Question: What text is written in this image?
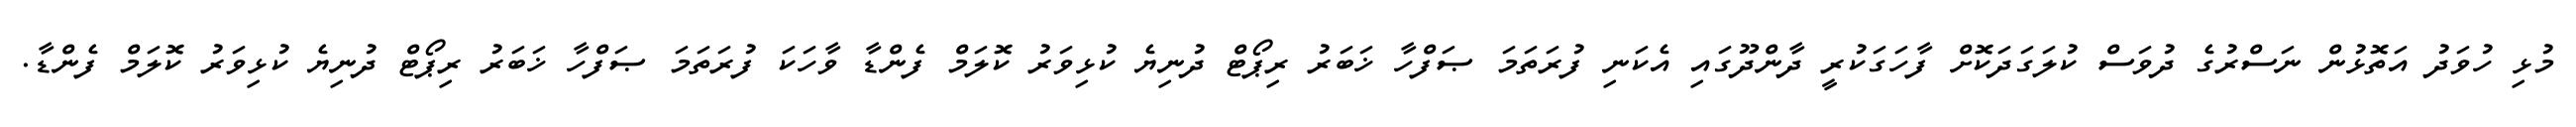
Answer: މުޅި ހުވަދު އަތޮޅުން ނަސްރުގެ ދުވަސް ކުލަގަދަކޮށް ފާހަގަކުރީ ދާންދޫގައި އެކަނި ފުރަތަމަ ޞަފްހާ ޚަބަރު ރިޕޯޓް ދުނިޔެ ކުޅިވަރު ކޮލަމް ފެންޑާ ވާހަކަ ފުރަތަމަ ޞަފްހާ ޚަބަރު ރިޕޯޓް ދުނިޔެ ކުޅިވަރު ކޮލަމް ފެންޑާ.